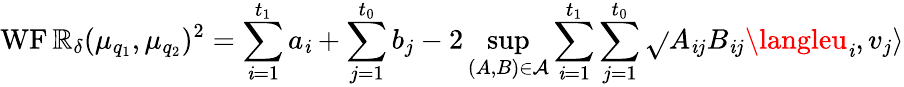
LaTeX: \operatorname{WF\mathbb{R}}_{\delta}(\mu_{q_{1}},\mu_{q_{2}})^{2}=\sum_{\mathit{i}=1}^{t_{1}}a_{\mathit{i}}+\sum_{j=1}^{t_{0}}b_{j}-2\operatorname*{sup}_{(A,B)\in\mathcal{{A}}}\sum_{\mathit{i}=1}^{t_{1}}\sum_{j=1}^{t_{0}}\sqrt{}{{A_{\mathit{i}j}B_{\mathit{i}j}}}\langleu_{\mathit{i}},v_{j}\rangle